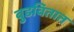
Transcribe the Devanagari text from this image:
बुडवितात